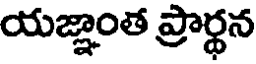
యజ్ఞాంత ప్రార్థన